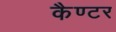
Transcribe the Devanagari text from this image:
कैण्टर